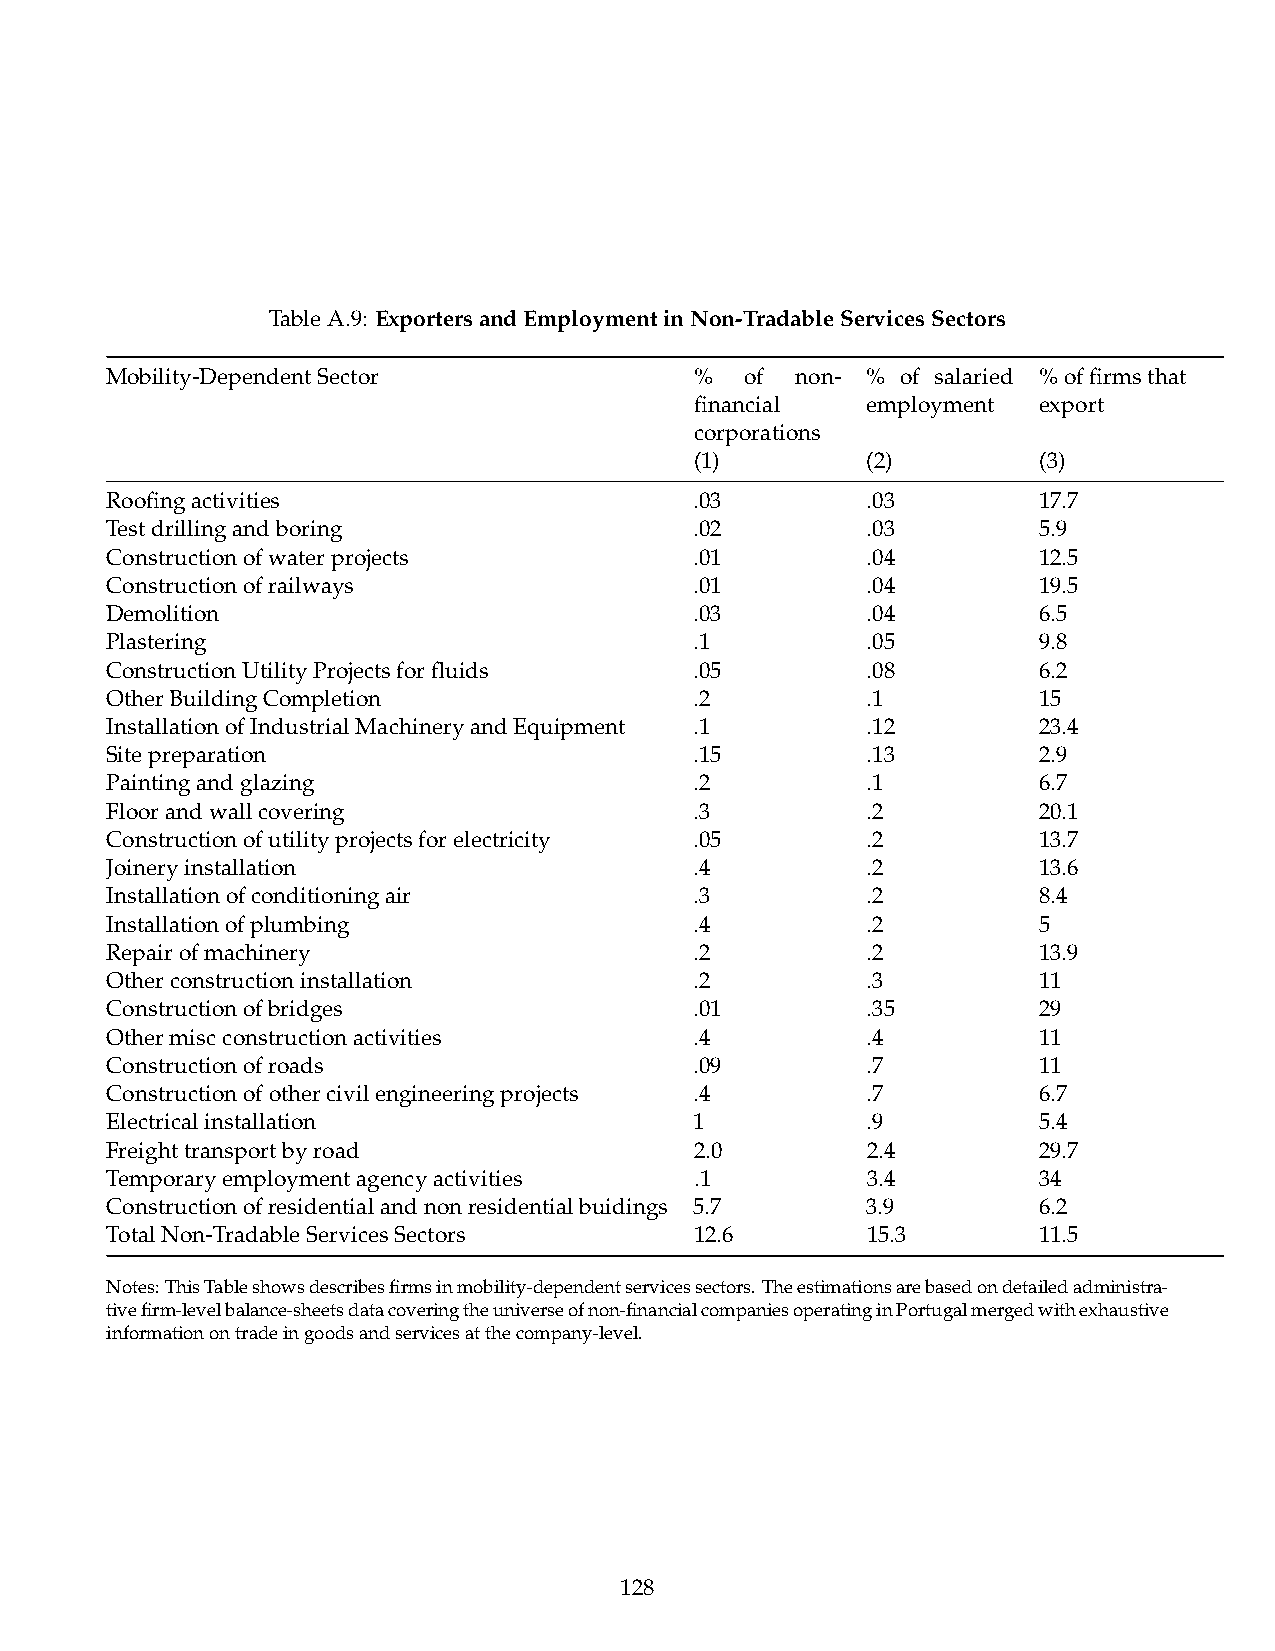
TableA.9: ExportersandEmploymentinNon-TradableServicesSectors
 Mobility-DependentSector               %  of  non- % of salaried %offirmsthat
 financial  employment  export
 corporations
 (1)        (2)         (3)
 Roofingactivities                      .03        .03         17.7
 Testdrillingandboring                  .02        .03         5.9
 Constructionofwaterprojects            .01        .04         12.5
 Constructionofrailways                 .01        .04         19.5
 Demolition                             .03        .04         6.5
 Plastering                             .1         .05         9.8
 ConstructionUtilityProjectsforfluids   .05        .08         6.2
 OtherBuildingCompletion                .2         .1          15
 InstallationofIndustrialMachineryandEquipment .1  .12         23.4
 Sitepreparation                        .15        .13         2.9
 Paintingandglazing                     .2         .1          6.7
 Floorandwallcovering                   .3         .2          20.1
 Constructionofutilityprojectsforelectricity .05   .2          13.7
 Joineryinstallation                    .4         .2          13.6
 Installationofconditioningair          .3         .2          8.4
 Installationofplumbing                 .4         .2          5
 Repairofmachinery                      .2         .2          13.9
 Otherconstructioninstallation          .2         .3          11
 Constructionofbridges                  .01        .35         29
 Othermiscconstructionactivities        .4         .4          11
 Constructionofroads                    .09        .7          11
 Constructionofothercivilengineeringprojects .4    .7          6.7
 Electricalinstallation                 1          .9          5.4
 Freighttransportbyroad                 2.0        2.4         29.7
 Temporaryemploymentagencyactivities    .1         3.4         34
 Constructionofresidentialandnonresidentialbuidings 5.7 3.9    6.2
 TotalNon-TradableServicesSectors       12.6       15.3        11.5
 Notes:ThisTableshowsdescribesfirmsinmobility-dependentservicessectors.Theestimationsarebasedondetailedadministra-
 tivefirm-levelbalance-sheetsdatacoveringtheuniverseofnon-financialcompaniesoperatinginPortugalmergedwithexhaustive
 informationontradeingoodsandservicesatthecompany-level.
 128